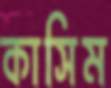
কাসিম